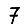
Digit: 7